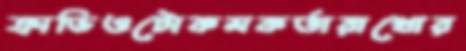
ক্রাভিওটোকমকর্তারাখোর